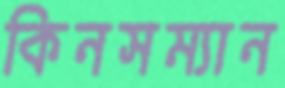
কিনসম্যান